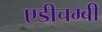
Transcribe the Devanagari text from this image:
एडीचम्बी